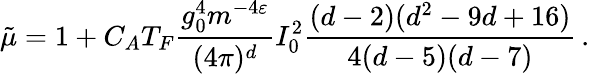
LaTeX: \tilde{\mu}=1+C_{A}T_{F}\frac{g_{0}^{4}m^{-4\varepsilon}}{(4\pi)^{d}}I_{0}^{2}\frac{(d-2)(d^{2}-9d+16)}{4(d-5)(d-7)}\, .